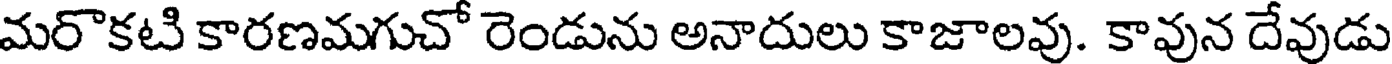
మరొకటి కారణమగుచో రెండును అనాదులు కాజాలవు. కావున దేవుడు